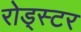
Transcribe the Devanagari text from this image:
रोड्स्टर